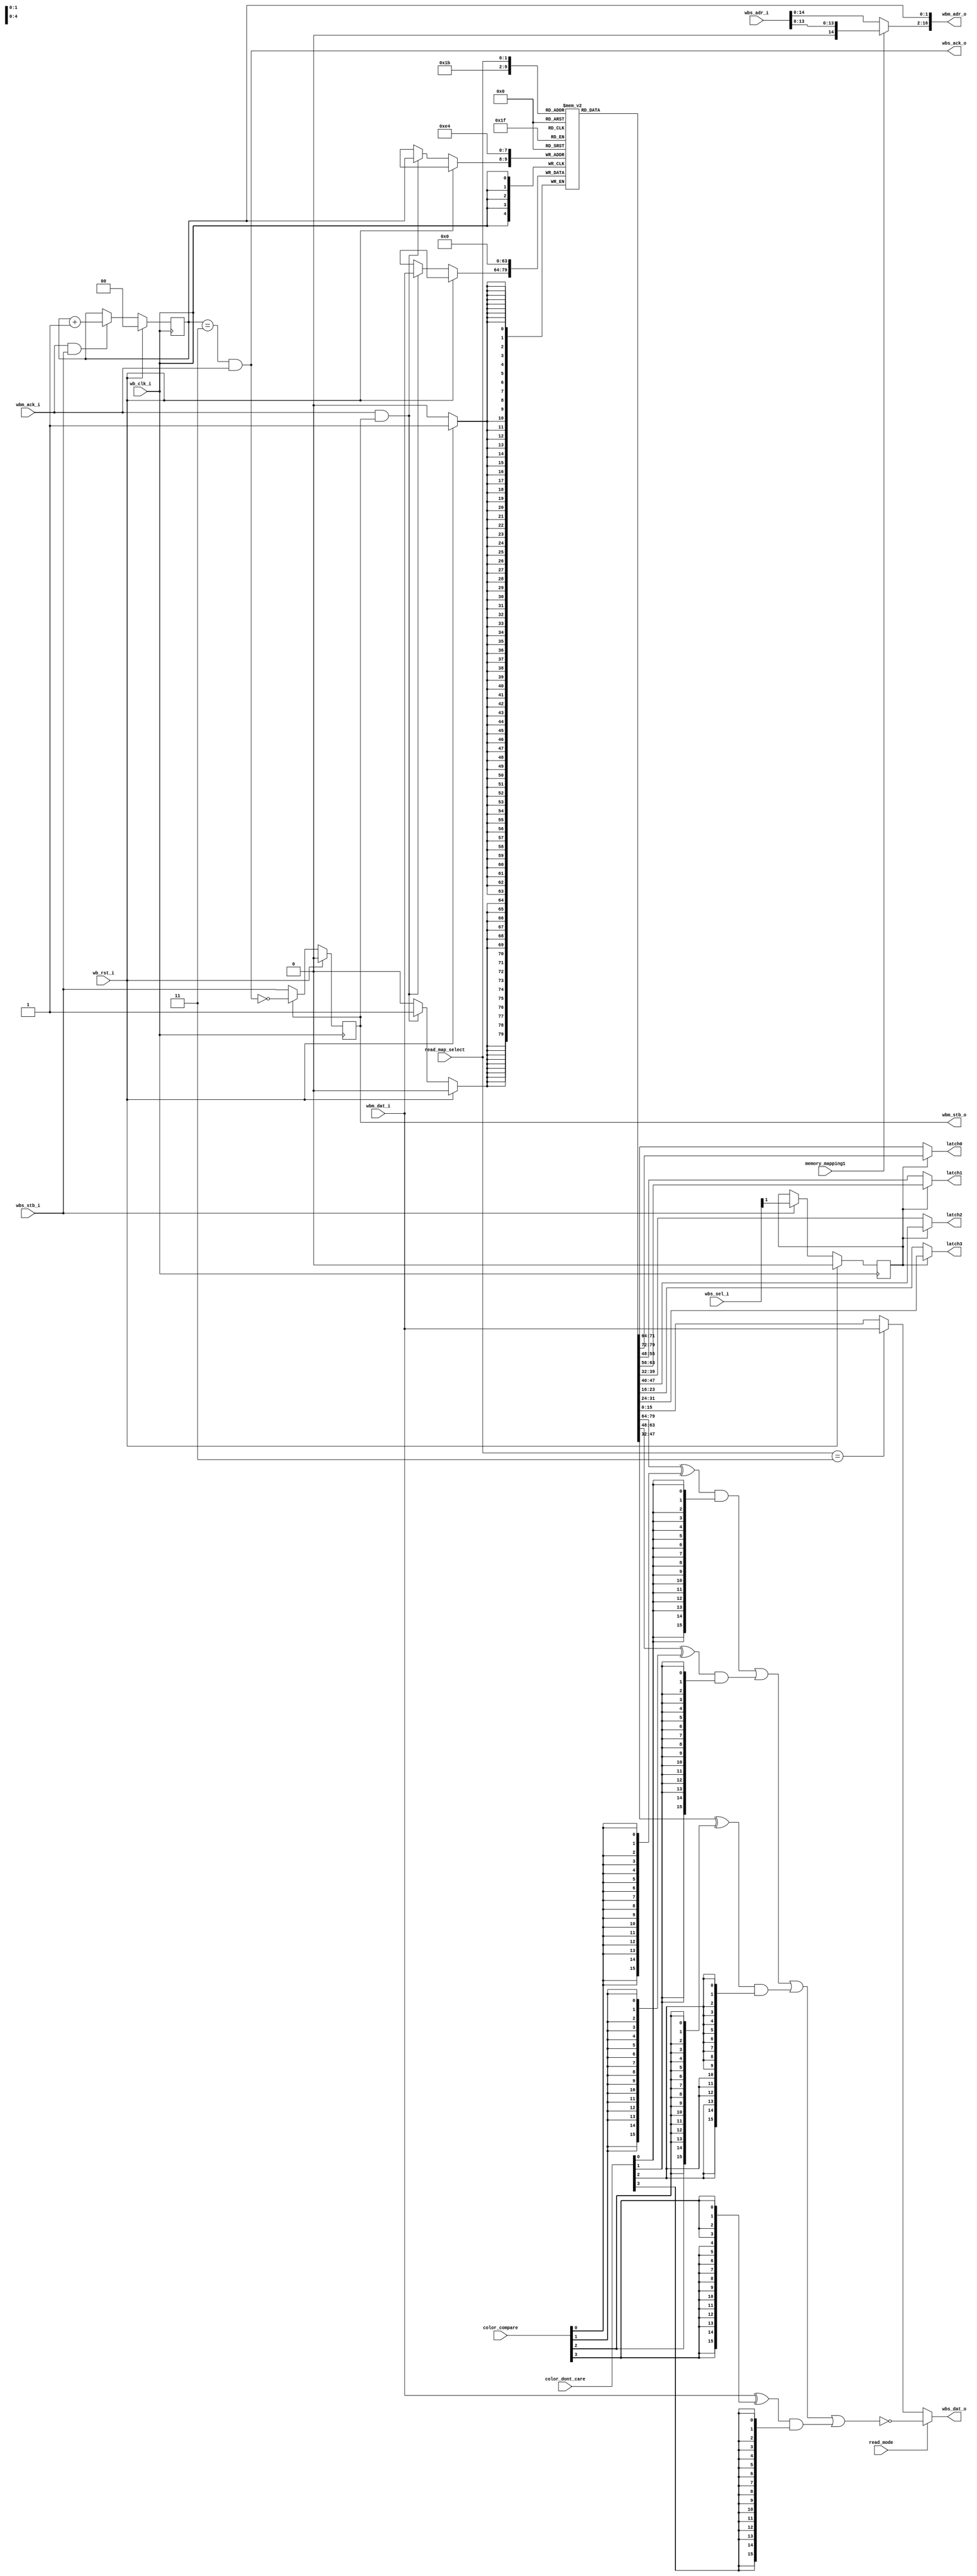
/*
 *  Read memory interface for VGA
 *  Copyright (C) 2010  Zeus Gomez Marmolejo <zeus@aluzina.org>
 *
 *  This file is part of the Zet processor. This processor is free
 *  hardware; you can redistribute it and/or modify it under the terms of
 *  the GNU General Public License as published by the Free Software
 *  Foundation; either version 3, or (at your option) any later version.
 *
 *  Zet is distrubuted in the hope that it will be useful, but WITHOUT
 *  ANY WARRANTY; without even the implied warranty of MERCHANTABILITY
 *  or FITNESS FOR A PARTICULAR PURPOSE. See the GNU General Public
 *  License for more details.
 *
 *  You should have received a copy of the GNU General Public License
 *  along with Zet; see the file COPYING. If not, see
 *  <http://www.gnu.org/licenses/>.
 */

module vga_read_iface (
    // Wishbone common signals
    input         wb_clk_i,
    input         wb_rst_i,

    // Wishbone slave read interface
    input  [16:1] wbs_adr_i,
    input  [ 1:0] wbs_sel_i,
    output [15:0] wbs_dat_o,
    input         wbs_stb_i,
    output        wbs_ack_o,

    // Wishbone master read to SRAM
    output     [17:1] wbm_adr_o,
    input      [15:0] wbm_dat_i,
    output reg        wbm_stb_o,
    input             wbm_ack_i,

    // VGA configuration registers
    input        memory_mapping1,
    input        read_mode,
    input  [1:0] read_map_select,
    input  [3:0] color_compare,
    input  [3:0] color_dont_care,

    output [7:0] latch0,
    output [7:0] latch1,
    output [7:0] latch2,
    output [7:0] latch3
  );

  // Registers and nets
  reg [ 1:0] plane;
  reg        latch_sel;
  reg [15:0] latch [0:3];

  wire [15:1] offset;
  wire [15:0] dat_o0, dat_o1;
  wire [15:0] out_l0, out_l1, out_l2, out_l3;
  wire        cont;

  // Continous assignments
  assign latch0 = latch_sel ? latch[0][15:8] : latch[0][7:0];
  assign latch1 = latch_sel ? latch[1][15:8] : latch[1][7:0];
  assign latch2 = latch_sel ? latch[2][15:8] : latch[2][7:0];
  assign latch3 = latch_sel ? latch[3][15:8] : latch[3][7:0];

  assign wbm_adr_o = { offset, plane };
  assign wbs_ack_o = (plane==2'b11 && wbm_ack_i);
  assign offset    = memory_mapping1 ? { 1'b0, wbs_adr_i[14:1] }
                                     : wbs_adr_i[15:1];
  assign wbs_dat_o = read_mode ? dat_o1 : dat_o0;
  assign dat_o0    = (read_map_select==2'b11) ? wbm_dat_i
                                              : latch[read_map_select];
  assign dat_o1    = ~(out_l0 | out_l1 | out_l2 | out_l3);

  assign out_l0 = (latch[0] ^ { 16{color_compare[0]} })
                            & { 16{color_dont_care[0]} };
  assign out_l1 = (latch[1] ^ { 16{color_compare[1]} })
                            & { 16{color_dont_care[1]} };
  assign out_l2 = (latch[2] ^ { 16{color_compare[2]} })
                            & { 16{color_dont_care[2]} };
  assign out_l3 = (wbm_dat_i ^ { 16{color_compare[3]} })
                            & { 16{color_dont_care[3]} };

  assign cont = wbm_ack_i && wbs_stb_i;

  // Behaviour
  // latch_sel
  always @(posedge wb_clk_i)
    latch_sel <= wb_rst_i ? 1'b0
      : (wbs_stb_i ? wbs_sel_i[1] : latch_sel);

  // wbm_stb_o
  always @(posedge wb_clk_i)
    wbm_stb_o <= wb_rst_i ? 1'b0 : (wbm_stb_o ? ~wbs_ack_o : wbs_stb_i);

  // plane
  always @(posedge wb_clk_i)
    plane <= wb_rst_i ? 2'b00 : (cont ? (plane + 2'b01) : plane);

  // Latch load
  always @(posedge wb_clk_i)
    if (wb_rst_i)
      begin
        latch[0] <= 8'h0;
        latch[1] <= 8'h0;
        latch[2] <= 8'h0;
        latch[3] <= 8'h0;
      end
    else if (wbm_ack_i && wbm_stb_o) latch[plane] <= wbm_dat_i;

endmodule